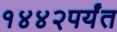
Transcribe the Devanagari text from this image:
१४४२पर्यंत